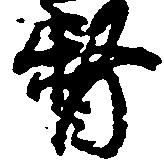
督